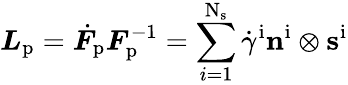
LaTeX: \boldsymbol{L}_{\mathrm{p}}=\dot{\boldsymbol{F}}_{\mathrm{p}}\boldsymbol{F}_{\mathrm{p}}^{-1}=\sum_{i=1}^{\mathrm{N}_{\mathrm{s}}}\dot{\gamma}^{\mathrm{i}}\mathbf{n}^{\mathrm{i}}\otimes\mathbf{s}^{\mathrm{i}}